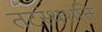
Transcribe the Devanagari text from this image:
तटस्थशक्ति